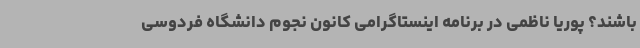
باشند؟ پوریا ناظمی در برنامه اینستاگرامی کانون نجوم دانشگاه فردوسی